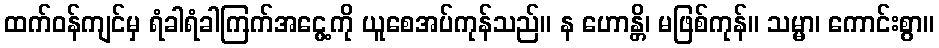
ထက်ဝန်ကျင်မှ ရံခါရံခါကြက်အငွေ့ကို ယူစေအပ်ကုန်သည်။ န ဟောန္တိ၊ မဖြစ်ကုန်။ သမ္မာ၊ ကောင်းစွာ။